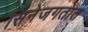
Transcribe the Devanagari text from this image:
सिनेजगतात